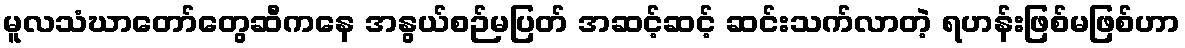
မူလသံဃာတော်တွေဆီကနေ အနွယ်စဉ်မပြတ် အဆင့်ဆင့် ဆင်းသက်လာတဲ့ ရဟန်းဖြစ်မဖြစ်ဟာ